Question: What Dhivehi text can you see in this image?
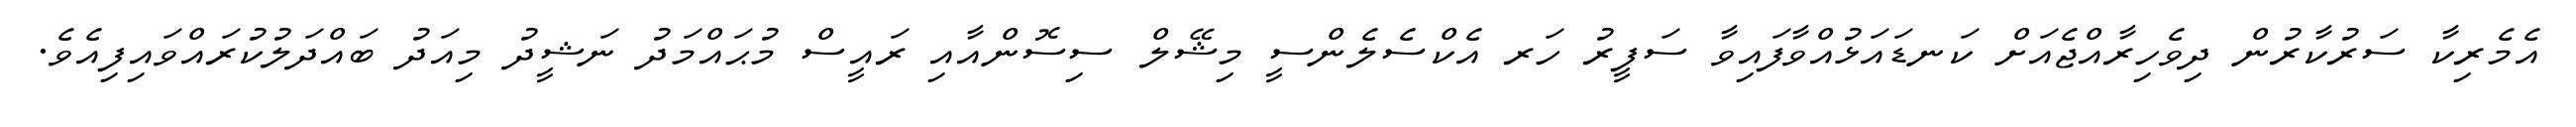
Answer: އެމެރިކާ ސަރުކާރުން ދިވެހިރާއްޖެއަށް ކަނޑައަޅުއްވާފައިވާ ސަފީރު ހަރ އެކްސެލެންސީ މިޝޭލް ސިސޮންއާއި ރައީސް މުޙައްމަދު ނަޝީދު މިއަދު ބައްދަލުކުރައްވައިފިއެވެ.